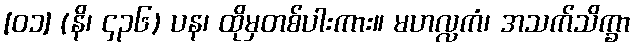
[၀၁] (နိ၊ ၄၃၆) ပန၊ ထိုမှတစ်ပါးကား။ မဟလ္လကံ၊ အသက်သိက္ခာ